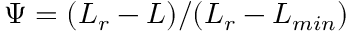
\Psi = ( L _ { r } - L ) / ( L _ { r } - L _ { m i n } )